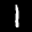
Label: 1